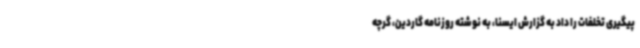
پیگیری تخلفات را داد به گزارش ایسنا، به نوشته روزنامه گاردین،‌ گرچه